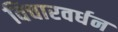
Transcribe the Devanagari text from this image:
विचारवर्धन